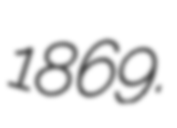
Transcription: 1869.